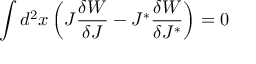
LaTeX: \int d ^ { 2 } x \left( J \frac { \delta W } { \delta J } - J ^ { \ast } \frac { \delta W } { \delta J ^ { \ast } } \right) = 0